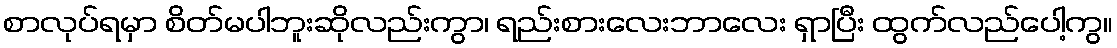
စာလုပ်ရမှာ စိတ်မပါဘူးဆိုလည်းကွာ၊ ရည်းစားလေးဘာလေး ရှာပြီး ထွက်လည်ပေါ့ကွ။